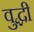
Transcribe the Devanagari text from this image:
वुद्धी